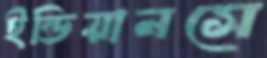
ইন্ডিয়ানসে